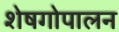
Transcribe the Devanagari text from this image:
शेषगोपालन